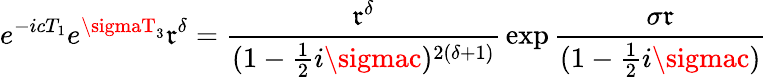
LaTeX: e^{-icT_{1}}e^{\sigmaT_{3}}\mathfrak{r}^{\delta}={\frac{{\mathfrak{r}^{\delta}}}{{(1-{\frac{{1}}{{2}}}i\sigmac)^{2(\delta+1)}}}}\exp{{\frac{{\sigma\mathfrak{r}}}{{(1-{\frac{{1}}{{2}}}i\sigmac)}}}}